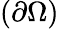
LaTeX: (\partial\Omega)